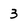
Character: 3